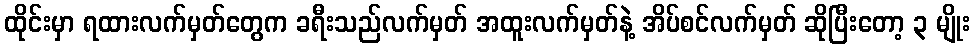
ထိုင်းမှာ ရထားလက်မှတ်တွေက ခရီးသည်လက်မှတ် အထူးလက်မှတ်နဲ့ အိပ်စင်လက်မှတ် ဆိုပြီးတော့ ၃ မျိုး